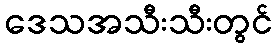
ဒေသအသီးသီးတွင်